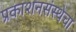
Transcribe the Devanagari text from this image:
प्रकाशनसंस्थेचा